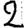
Digit: 2